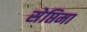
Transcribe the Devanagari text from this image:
सेप्तिमा